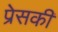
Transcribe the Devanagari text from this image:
प्रेसकी